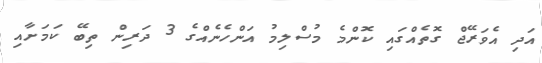
އަދި އެވަރޭޖް ގޮތެއްގައި ކޮންމެ މުސްލިމު އަންހެނެއްގެ 3 ދަރިން ތިބޭ ކަމަށާއި